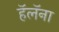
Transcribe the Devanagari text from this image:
हॅलॅना